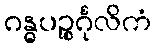
ဂန္ဓပဉ္စင်္ဂုလိကံ